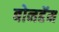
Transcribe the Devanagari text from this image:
बोनहॅम